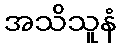
အသိသူနံ